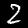
Label: 2